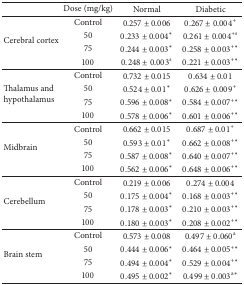
<table><thead><tr><td><b> </b></td><td><b>Dose (mg/kg)</b></td><td><b>Normal</b></td><td><b>Diabetic</b></td></tr></thead><tbody><tr><td rowspan="4">Cerebral cortex</td><td>Control</td><td>0.257 ± 0.006</td><td>0.267 ± 0.004<sup>+</sup></td></tr><tr><td>50</td><td>0.233 ± 0.004*</td><td>0.261 ± 0.004<sup>+s</sup></td></tr><tr><td>75</td><td>0.244 ± 0.003*</td><td>0.258 ± 0.003<sup>+∗</sup></td></tr><tr><td>100</td><td>0.248 ± 0.003<sup>s</sup></td><td>0.221 ± 0.003<sup>+∗</sup></td></tr><tr><td rowspan="4">Thalamus and hypothalamus</td><td>Control</td><td>0.732 ± 0.015</td><td>0.634 ± 0.01</td></tr><tr><td>50</td><td>0.524 ± 0.01*</td><td>0.626 ± 0.009<sup>+</sup></td></tr><tr><td>75</td><td>0.596 ± 0.008*</td><td>0.584 ± 0.007<sup>+∗</sup></td></tr><tr><td>100</td><td>0.578 ± 0.006*</td><td>0.601 ± 0.006<sup>+∗</sup></td></tr><tr><td rowspan="4">Midbrain</td><td>Control</td><td>0.662 ± 0.015</td><td>0.687 ± 0.01<sup>+</sup></td></tr><tr><td>50</td><td>0.593 ± 0.01*</td><td>0.662 ± 0.008<sup>+∗</sup></td></tr><tr><td>75</td><td>0.587 ± 0.008*</td><td>0.640 ± 0.007<sup>+∗</sup></td></tr><tr><td>100</td><td>0.562 ± 0.006*</td><td>0.648 ± 0.006<sup>+∗</sup></td></tr><tr><td rowspan="4">Cerebellum</td><td>Control</td><td>0.219 ± 0.006</td><td>0.274 ± 0.004</td></tr><tr><td>50</td><td>0.175 ± 0.004*</td><td>0.168 ± 0.003<sup>+∗</sup></td></tr><tr><td>75</td><td>0.178 ± 0.003*</td><td>0.210 ± 0.003<sup>+∗</sup></td></tr><tr><td>100</td><td>0.180 ± 0.003*</td><td>0.208 ± 0.002<sup>+∗</sup></td></tr><tr><td rowspan="4">Brain stem</td><td>Control</td><td>0.573 ± 0.008</td><td>0.497 ± 0.060<sup>a</sup></td></tr><tr><td>50</td><td>0.444 ± 0.006*</td><td>0.464 ± 0.005<sup>+∗</sup></td></tr><tr><td>75</td><td>0.494 ± 0.004*</td><td>0.529 ± 0.004<sup>+∗</sup></td></tr><tr><td>100</td><td>0.495 ± 0.002*</td><td>0.499 ± 0.003<sup>a∗</sup></td></tr></tbody></table>